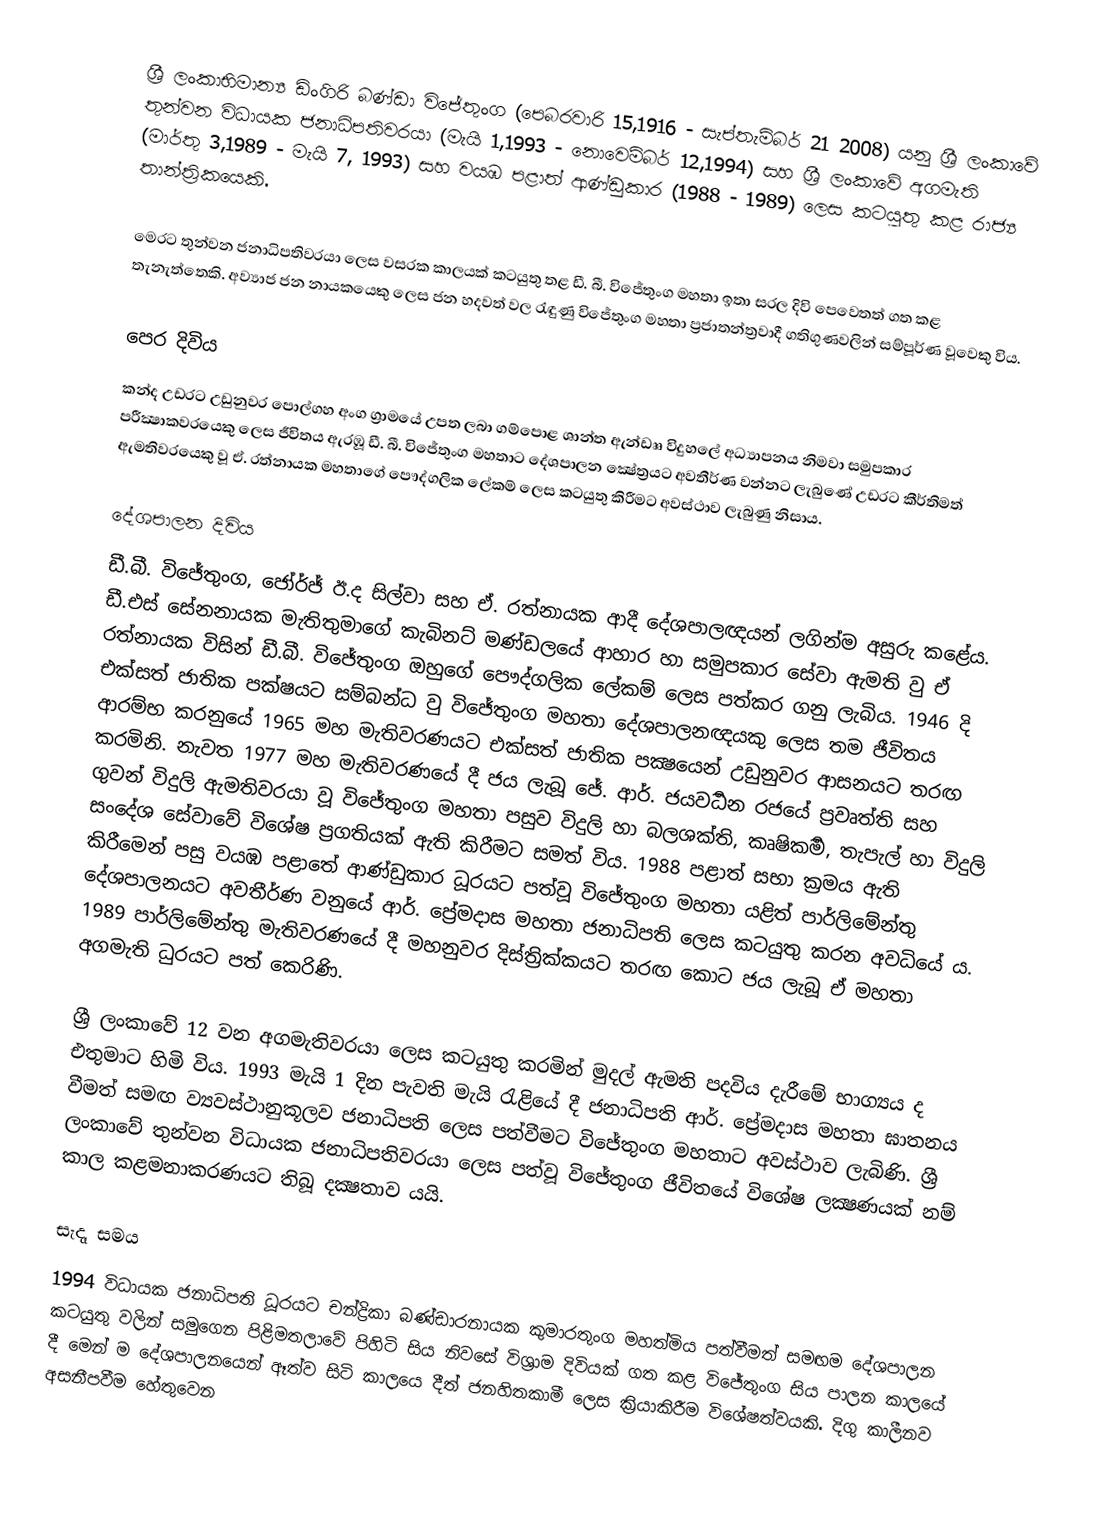
ශ්‍රී ලංකාභිමාන්‍ය ඩිංගිරි බණ්ඩා විජේතුංග (පෙබරවාරි 15,1916 - සැප්තැම්බර් 21 2008) යනු ශ්‍රී ලංකාවේ තුන්වන විධායක ජනාධිපතිවරයා (මැයි 1,1993 - නොවෙම්බර් 12,1994) සහ ශ්‍රී ලංකාවේ අගමැති (මාර්තු 3,1989 - මැයි 7, 1993) සහ වයඹ පළාත් ආණ්ඩුකාර (1988 - 1989) ලෙස කටයුතු කළ රාජ්‍ය තාන්ත්‍රිකයෙකි.

මෙරට තුන්වන ජනාධිපතිවරයා ලෙස වසරක කාලයක් කටයුතු තළ ඩී. බී. විජේතුංග මහතා ඉතා සරල දිවි පෙවෙතත් ගත කළ තැනැත්තෙකි. අව්‍යාජ ජන නායකයෙකු ලෙස ජන හදවත් වල රැඳුණු විජේතුංග මහතා ප්‍රජාතන්ත්‍රවාදී ගතිගුණවලින් සම්පූර්ණ වූවෙකු විය.

පෙර දිවිය
කන්ද උඩරට උඩුනුවර පොල්ගහ අංග ග්‍රාමයේ උපත ලබා ගම්පොළ ශාන්ත ඇන්ඩෲ විදුහලේ අධ්‍යාපනය නිමවා සමුපකාර පරීක්‍ෂාකවරයෙකු ලෙස ජීවිතය ඇරඹූ ඩී. බී. විජේතුංග මහතාට දේශපාලන ක්‍ෂේත්‍රයට අවතීර්ණ වන්නට ලැබුණේ උඩරට කීර්තිමත් ඇමතිවරයෙකු වූ ඒ. රත්නායක මහතාගේ ‍‍පෞද්ගලික ලේකම් ලෙස කටයුතු කිරීමට අවස්ථාව ලැබුණු නිසාය.

දේශපාලන දිවිය
ඩී.බී. විජේතුංග, ජෝර්ජ් ඊ.ද සිල්වා සහ ඒ. රත්නායක ආදී දේශපාලඥයන් ලගින්ම අසුරු කළේය. ඩී.එස් සේනනායක මැතිතුමාගේ කැබිනට් මණ්ඩලයේ ආහාර හා සමුපකාර සේවා ඇමති වු ඒ රත්නායක විසින් ඩී.බී. විජේතුංග ඔහුගේ පෞද්ගලික ලේකම් ලෙස පත්කර ගනු ලැබිය. 1946 දි එක්සත් ජාතික පක්ෂයට සම්බන්ධ වු විජේතුංග මහතා දේශපාලනඥයකු ලෙස තම ජීවිතය ආරම්භ කරනුයේ 1965 මහ මැතිවරණයට එක්සත් ජාතික පක්‍ෂයෙන් උඩුනුවර ආසනයට තරඟ කරමිනි. නැවත 1977 මහ මැතිවරණයේ දී ජය ලැබූ ජේ. ආර්. ජයවර්‍ධන රජයේ ප්‍රවෘත්ති සහ ගුවන් විදුලි ඇමතිවරයා වූ විජේතුංග මහතා පසුව විදුලි හා බලශක්ති, කෘෂිකර්‍ම, තැපැල් හා විදුලි සංදේශ සේවාවේ විශේෂ ප්‍රගතියක් ඇති කිරීමට සමත් විය. 1988 පළාත් සභා ක්‍රමය ඇති කිරීමෙන් පසු වයඹ පළාතේ ආණ්ඩුකාර ධූරයට පත්වූ විජේතුංග මහතා යළිත් පාර්ලිමේන්තු දේශපාලනයට අවතීර්ණ වනුයේ ආර්. ප්‍රේමදාස මහතා ජනාධිපති ලෙස කටයුතු කරන අවධියේ ය. 1989 පාර්ලිමේන්තු මැතිවරණයේ දී මහනුවර දිස්ත්‍රික්කයට තරඟ කොට ජය ලැබූ ඒ මහතා අග‍මැති ධුරයට පත් ‍කෙරිණි.

ශ්‍රී ලංකාවේ 12 වන අගමැතිවරයා ලෙස කටයුතු කරමින් මුදල් ඇමති පදවිය දැරීමේ භාග්‍යය ද එතුමාට හිමි විය. 1993 මැයි 1 දින පැවති මැයි රැළියේ දී ජනාධිපති ආර්. ප්‍රේමදාස මහතා ඝාතනය වීමත් සමඟ ව්‍යවස්ථානුකූලව ජනාධිපති ලෙස පත්වීමට විජේතුංග මහතාට අවස්ථාව ලැබිණි. ශ්‍රී ලංකාවේ තුන්වන විධායක ජනාධිපතිවරයා ලෙස පත්වූ විජේතුංග ජීවිත‍යේ විශේෂ ලක්‍ෂණයක් නම් කාල කළමනාකරණයට තිබූ දක්‍ෂතාව යයි.

සැදෑ සමය
1994 විධායක ජනාධිපති ධූරයට චන්ද්‍රිකා බණ්ඩාරනායක කුමාරතුංග මහත්මිය පත්වීමත් සමඟම ‍‍දේශපාලන කටයුතු වලින් සමුගෙන පිළිමතලා‍වේ පිහිටි සිය නිව‍සේ විශ්‍රාම දිවියක් ගත කළ විජේතුංග සිය පාලන කාල‍යේ දී මෙන් ම දේශපාලනයෙන් ඈත්ව සිටි කාලයෙ දීත් ජනහිතකාමී ලෙස ක්‍රියාකිරීම විශේෂත්වයකි. දිගු කාලීනව අසනීපවීම හේතුවෙන